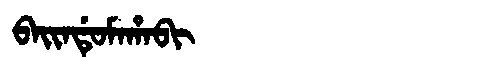
Manchu: ᠪᠠᡳᠨᡩᡠᠮᠠᡥᠠᠪᡳ
Romanization: BAINDUMAHABI